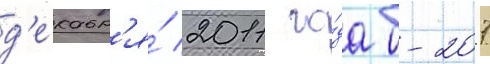
д'екабр'я́ 2011 го́да б-207